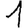
Digit: 1